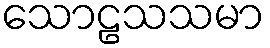
သောဠသသမာ